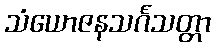
သံယောဇနသင်္ဂသတ္တာ